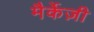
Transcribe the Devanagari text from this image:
मैर्केज़ी